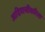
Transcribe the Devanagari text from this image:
आदिवासींकरिता